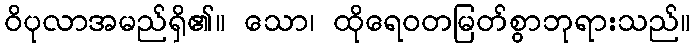
ဝိပုလာအမည်ရှိ၏။ သော၊ ထိုရေဝတမြတ်စွာဘုရားသည်။